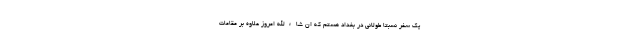
یک سفر نسبتا طولانی در بغداد هستم که ان شاءالله امروز علاوه بر مقامات